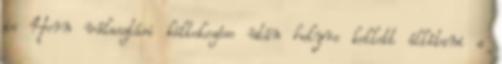
is Horn választási költekezése után helyre kellett állítani a